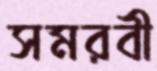
সমরবী